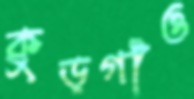
কুড়গাঁও